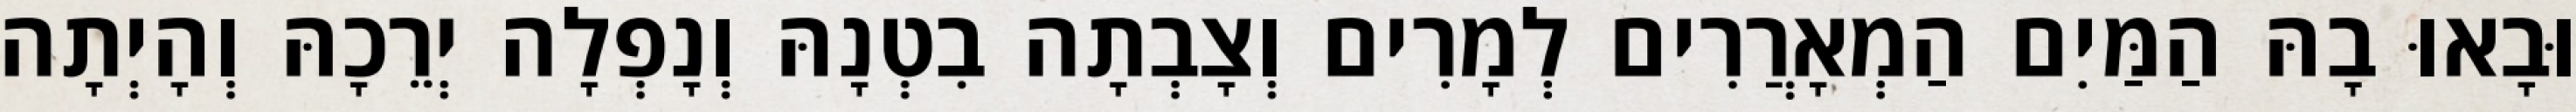
וּבָאוּ בָהּ הַמַּיִם הַמְאָרֲרִים לְמָרִים וְצָבְתָה בִטְנָהּ וְנָפְלָה יְרֵכָהּ וְהָיְתָה